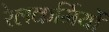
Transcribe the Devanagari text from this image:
रेलकर्मियों